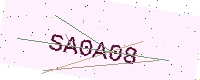
Text: SA0A08